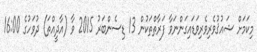
މިކަމަށް ޝައުޤުވެރިވެރިވަޑައިގަންނަވާ ފަރާތްތަކުން 13 ޑިސެންބަރު 2015 ވާ (އާދީއްތަ) ދުވަހުގެ 16:00